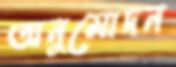
অনুমোদন